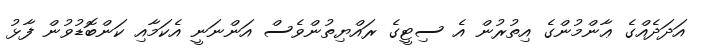
އަދަދެއްގެ ޢާންމުންގެ އިތުރުން އެ ސިޓީގެ ރައްޔިތުންވެސް އަންނަނީ އެކަމާއި ކަންބޮޑުވުން ފާޅު